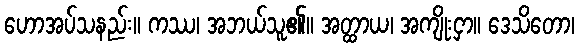
ဟောအပ်သနည်း။ ကဿ၊ အဘယ်သူ၏။ အတ္ထာယ၊ အကျိုးငှာ။ ဒေသိတော၊